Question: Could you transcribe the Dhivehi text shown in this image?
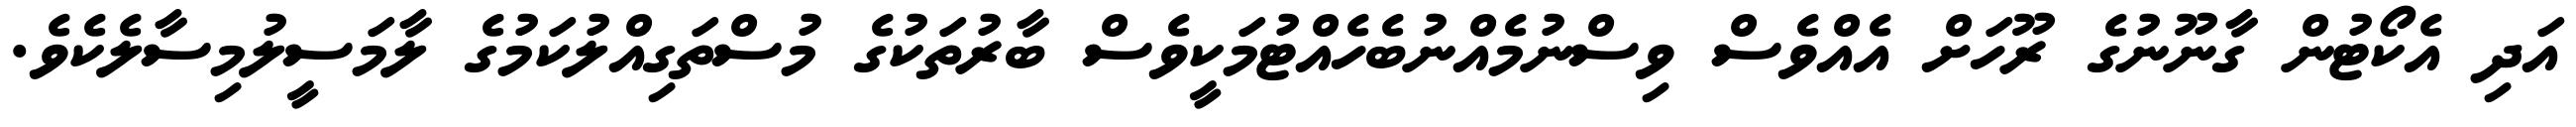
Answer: އަދި އެކޯޓުން ގާނޫނުގެ ރޫހަށް އެއްވެސް ވިސްނުމެއްނުބެހެއްޓުމަކީވެސް ބާރުތަކުގެ މުސްތަގިއްލުކަމުގެ ލާމަސީލުމިސާލެކެވެ.